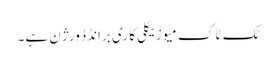
ٹک ٹاک میوزیکلی کا ری برانڈڈ ورژن ہے۔